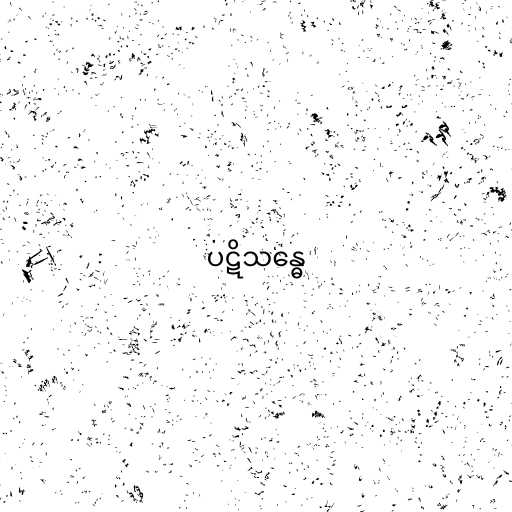
ပဋိသန္ဓေ